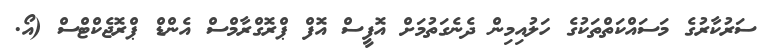
ސަރުކާރުގެ މަސައްކަތްތަކުގެ ހަލުއިމިން ދެނެގަތުމަށް އޮފީސް އޮފް ޕްރޮގްރާމްސް އެންޑް ޕްރޮޖެކްޓްސް (އޯ.